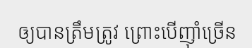
ឲ្យបានត្រឹមត្រូវ ព្រោះបើញ៉ាំច្រើន